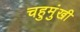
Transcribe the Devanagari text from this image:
चहुमुंखी